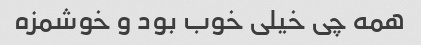
همه چی خیلی خوب بود و خوشمزه